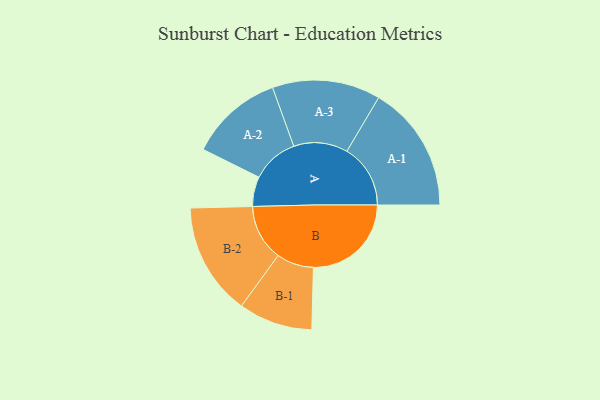
{"axis": {"x": "Segment", "y": "Value"}, "legend": ["", "A", "B"], "data": [{"x": "A", "y": 110, "type": ""}, {"x": "B", "y": 362, "type": ""}, {"x": "A-1", "y": 235, "type": "A"}, {"x": "A-2", "y": 173, "type": "A"}, {"x": "A-3", "y": 200, "type": "A"}, {"x": "B-1", "y": 137, "type": "B"}, {"x": "B-2", "y": 208, "type": "B"}]}